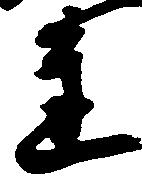
連